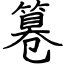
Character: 篹